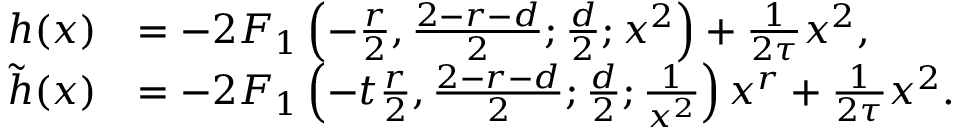
\begin{array} { r l } { h ( x ) } & { = - 2 F _ { 1 } \left( - \frac { r } { 2 } , \frac { 2 - r - d } { 2 } ; \frac { d } { 2 } ; x ^ { 2 } \right) + \frac { 1 } { 2 \tau } x ^ { 2 } , } \\ { \tilde { h } ( x ) } & { = - 2 F _ { 1 } \left( - t \frac { r } { 2 } , \frac { 2 - r - d } { 2 } ; \frac { d } { 2 } ; \frac { 1 } { x ^ { 2 } } \right) x ^ { r } + \frac { 1 } { 2 \tau } x ^ { 2 } . } \end{array}